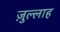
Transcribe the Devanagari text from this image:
ज़ुल्लाह